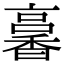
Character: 㐯